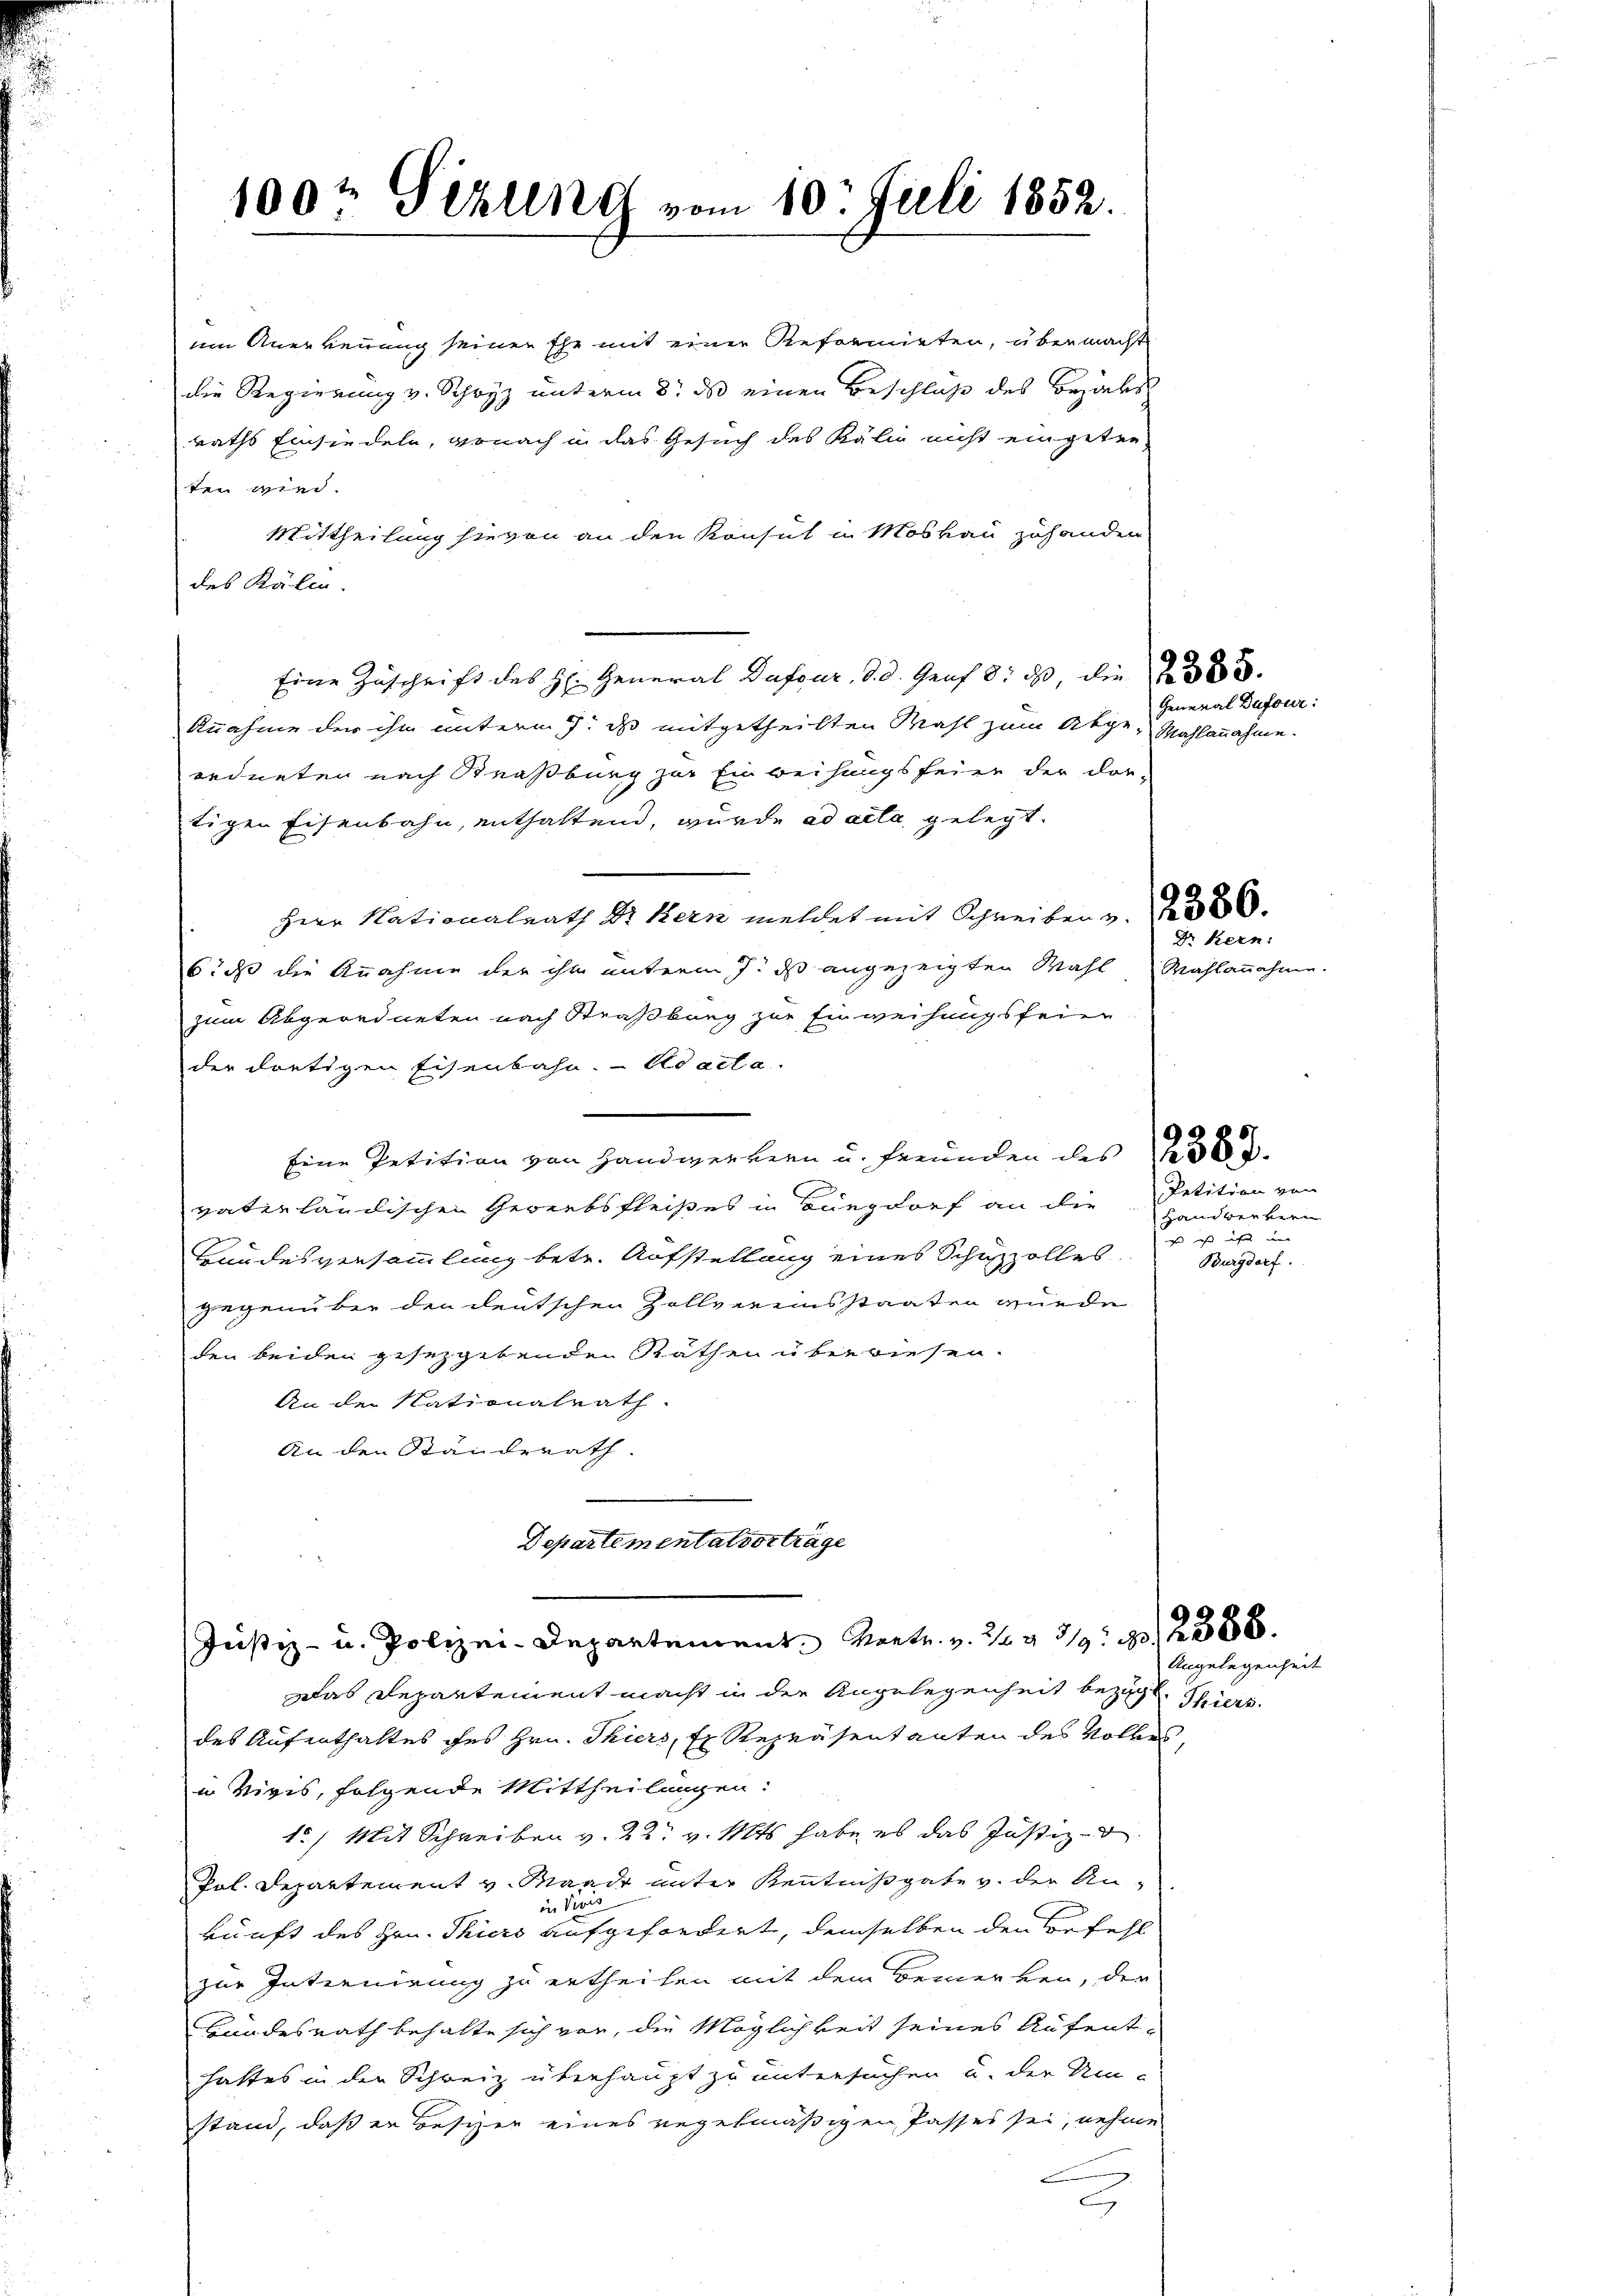
100t Sizung vom 10. Juli 1852.

um Anerkennung seiner Ehe mit einer Reformieten, übermacht
die Regierung v. Schwyz unterm 8. ds einen Beschluß des Bezirks
raths Einsiedeln, genach in das Gesuch des Kalio nicht eingetreten wird.
Mittheilung hievon an den Konsul in Moskau zuhanden
des Kälin.
Eine Zuschrift des H. General Dufour, d. d. Genf 8. ds die 300
knahme der ihm unterm 7. ds mitgetheilten Wahl zum Auge, Mahlannahme.
ordneten nach Straßburg zur Einweihungsfeier der dor-
tigen Eisenbahn, enthaltend, wurde ad acta gelegt.
Herr Nationalrath Dr Kern meldet mit Schreiben v.
6, daß die Annahme der ihm unterm 7. ds angezeigten Wahl Wahlannahme.
zum Abgeordneten nach Straßburg zur Einweihungsfeier
der dortigen Eisenbahn-Ad acta.
Eine Petition von Handwerkern u. Freunden des 136.
väterländischen Gewerbsfleißes in Burgdorf an die
Bundesversammlung betr. Aufstellung eines Schuzzolles
gegenüber den deutschen Zollvereinsstaaten wurde
den beiden gesetzgebenden Räthen überwiesen.
An der Nationalrath.
An den Ständerath
Departementalverträge

Justiz- u. Polizei-Departement Vertr. v. 193/2388.
Das Departement macht in der Angelegenheit bezügt Thiers.

des Aufenthaltes des Hrn. Thiers, Er Repräsentanten des Volkes
i Vivis, folgende Mittheilungen:
1.) Mit Schreiben v. 22. v. Mts habe es das Justizde
Pol. Departement v. Mande unter Kenntnißgabe v. der An-
in Vors
kunft des Hrn. Thiers aufgefordert, demselben den befehl
zur Internirung zu ertheilen mit dem Bemerken, der
Bundesrath behalte sich vor, die Möglichkeit seines Aufenthattes in der Schweiz überhaupt zu untersuchen u. der Um-
stand, daß er besizer eines regelmäßigen Passes sei, nehme
2

General Dufour:

Dr Kern:

Petition von
Handwerkern
s ist nicht
Burgdorf.

Angelegenheit